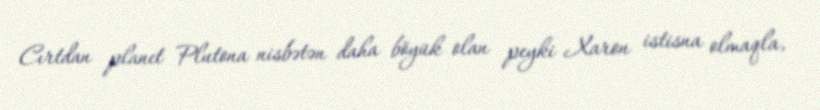
Cırtdan planet Plutona nisbətən daha böyük olan peyki Xaron istisna olmaqla,